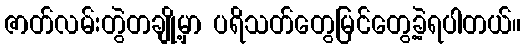
ဇာတ်လမ်းတွဲတချို့မှာ ပရိသတ်တွေမြင်တွေ့ခဲ့ရပါတယ်။